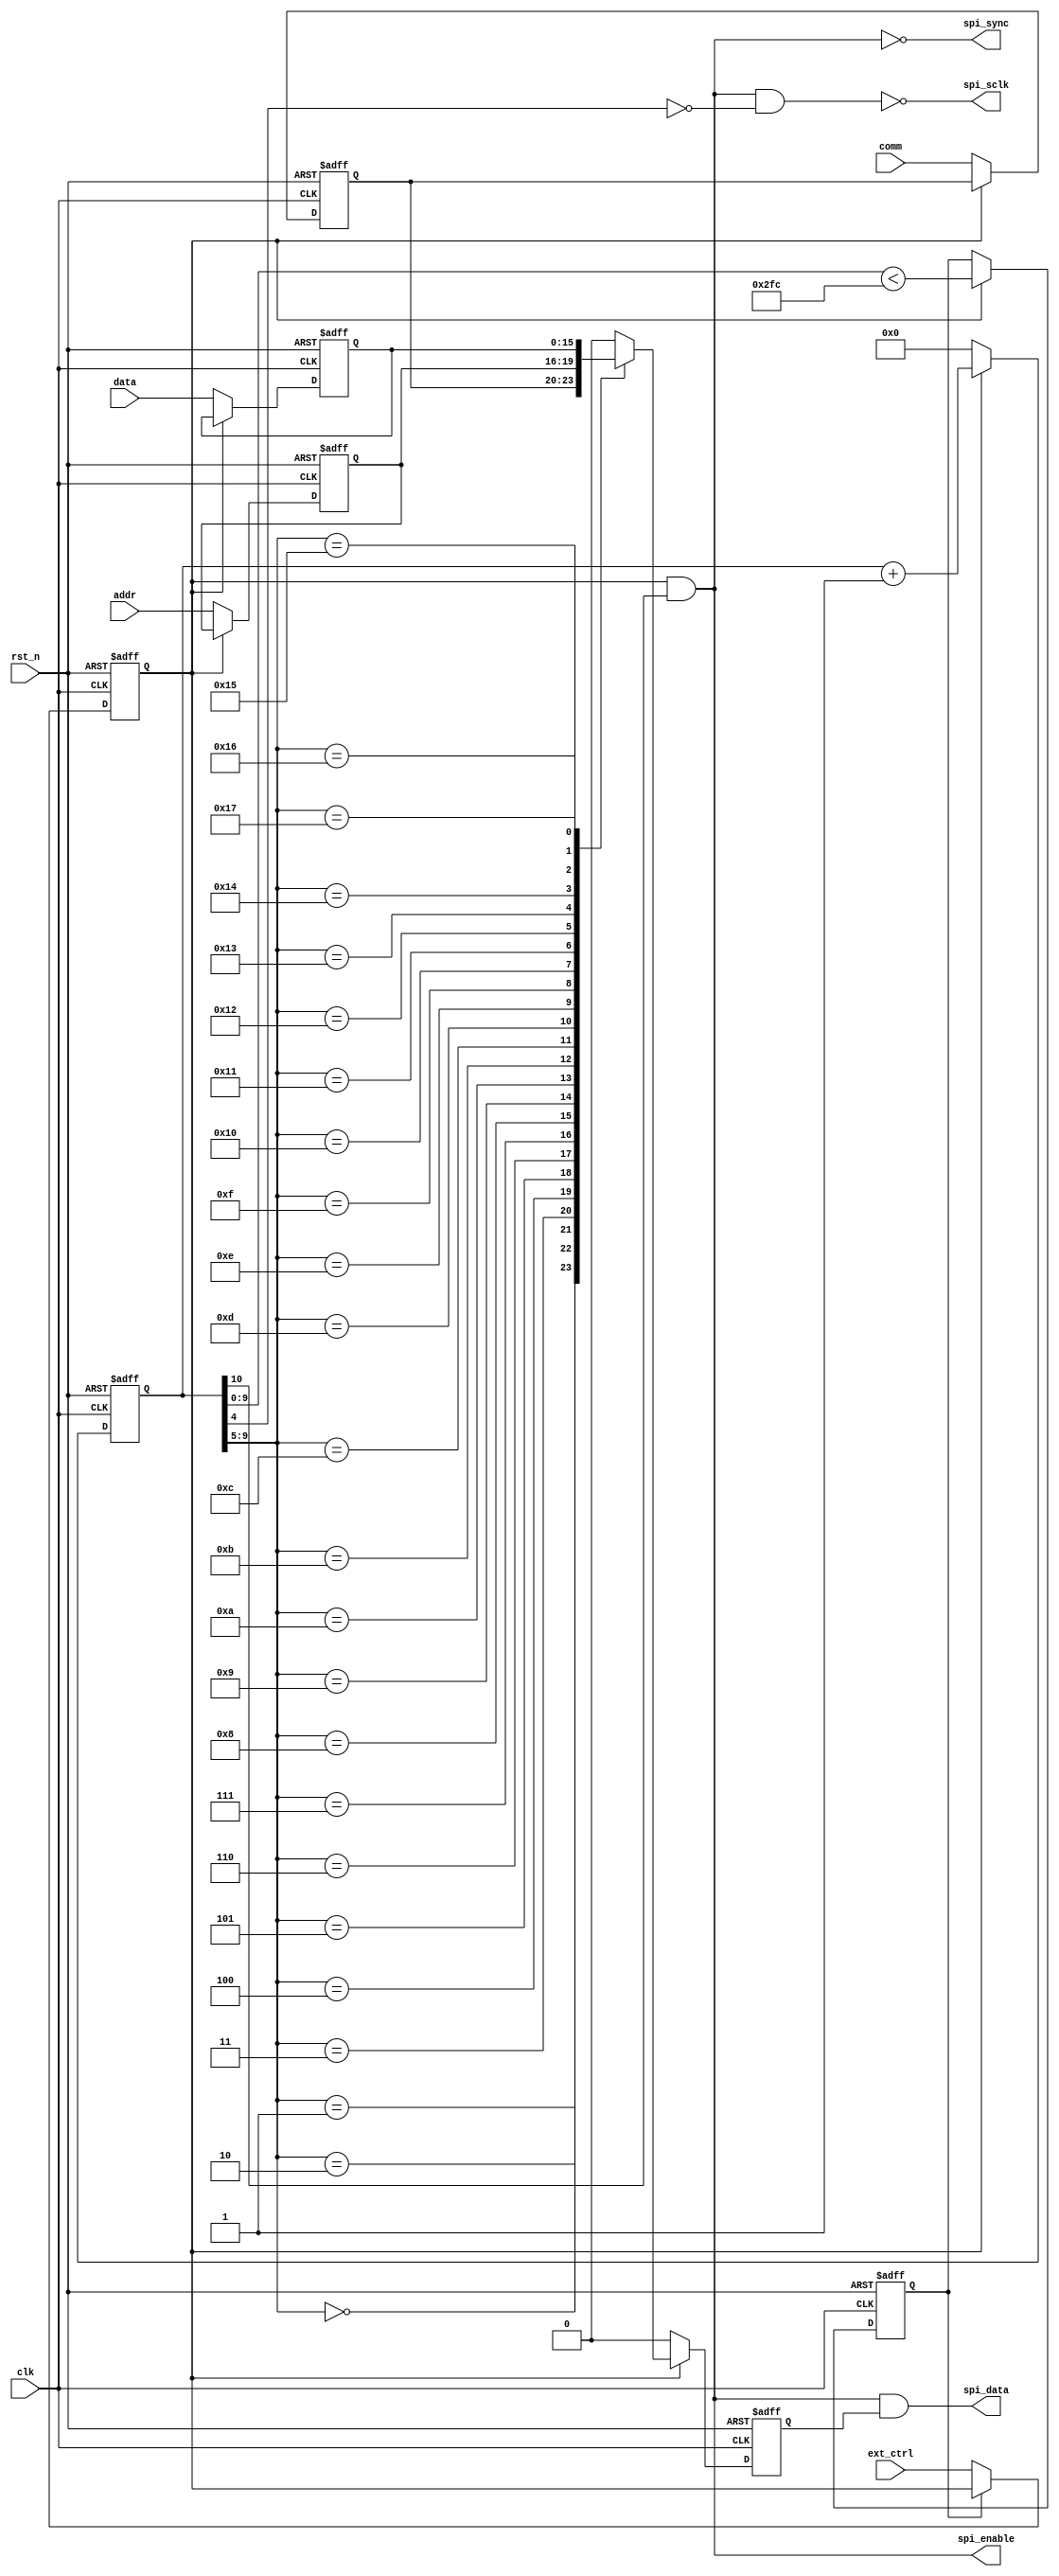
module DAC_SPI (
  input        clk, 
  input        rst_n, 
  input [15:0] data, 
  input  [3:0] comm,
  input  [3:0] addr,
  input        ext_ctrl,
  output       spi_data,
  output       spi_sync,
  output       spi_sclk,
  output       spi_enable
  );
      
  reg nite_cnt; 
  
  reg        starts;
  reg [15:0] counts;
  reg        datain;
  reg [15:0] senddata;
  
  reg  [3:0] comm_i;
  reg  [3:0] addr_i;
    
  always @(negedge rst_n or posedge clk) begin 
    if (~rst_n) begin 
	   starts   <=  1'b0;
		counts   <= 16'h0000;
		datain   <=  1'b0;
		senddata <= 16'h0000;
		nite_cnt <=  1'b0;
		comm_i   <=  4'h0;
		addr_i   <=  4'h0;
    end
	 else begin 
	   starts   <= nite_cnt ? starts : ext_ctrl;
		if (~starts) begin 
		  comm_i   <= comm;
		  addr_i   <= addr;
		  senddata <= data;
		  datain   <= 1'b0;
		  counts   <= 16'h0000;
		end
		else begin 
		  counts   <= counts + 1'b1;
		  nite_cnt <= (counts[9:0]<{5'd23,5'b11100}); 
		  case (counts[9:5]) 
		    5'd0  : datain <= comm_i[3];
		    5'd1  : datain <= comm_i[2]; 
		    5'd2  : datain <= comm_i[1];
		    5'd3  : datain <= comm_i[0];
		    5'd4  : datain <= addr_i[3];
		    5'd5  : datain <= addr_i[2];
		    5'd6  : datain <= addr_i[1];
		    5'd7  : datain <= addr_i[0];
		    5'd8  : datain <= senddata[15];
		    5'd9  : datain <= senddata[14];
		    5'd10 : datain <= senddata[13];
		    5'd11 : datain <= senddata[12];
		    5'd12 : datain <= senddata[11];
		    5'd13 : datain <= senddata[10];
		    5'd14 : datain <= senddata[9];
		    5'd15 : datain <= senddata[8];
		    5'd16 : datain <= senddata[7];
		    5'd17 : datain <= senddata[6];
		    5'd18 : datain <= senddata[5]; 
		    5'd19 : datain <= senddata[4];
		    5'd20 : datain <= senddata[3];
		    5'd21 : datain <= senddata[2];
		    5'd22 : datain <= senddata[1];
		    5'd23 : datain <= senddata[0];
		    default : datain <= 1'b0;
		  endcase
		end 
    end
  end
  
  
  assign spi_enable = starts & counts[10]; // active high
  
  assign spi_sync =  ~spi_enable;
  assign spi_sclk = ~(spi_enable & ~counts[4]);
  assign spi_data =   spi_enable & datain; 
 
endmodule